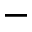
-